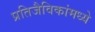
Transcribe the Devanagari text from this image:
प्रतिजैविकांमध्ये